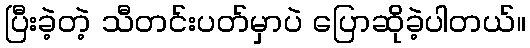
ပြီးခဲ့တဲ့ သီတင်းပတ်မှာပဲ ပြောဆိုခဲ့ပါတယ်။